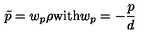
\tilde { p } = w _ { p } \rho \mathrm { w i t h } w _ { p } = - { \frac { p } { d } }